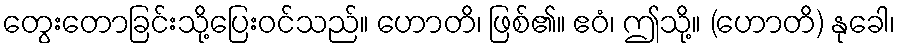
တွေးတောခြင်းသို့ပြေးဝင်သည်။ ဟောတိ၊ ဖြစ်၏။ ဧဝံ၊ ဤသို့။ (ဟောတိ) နုခေါ၊